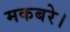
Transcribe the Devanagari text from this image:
मकबरे।